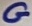
Text: G